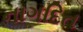
નાગદિત